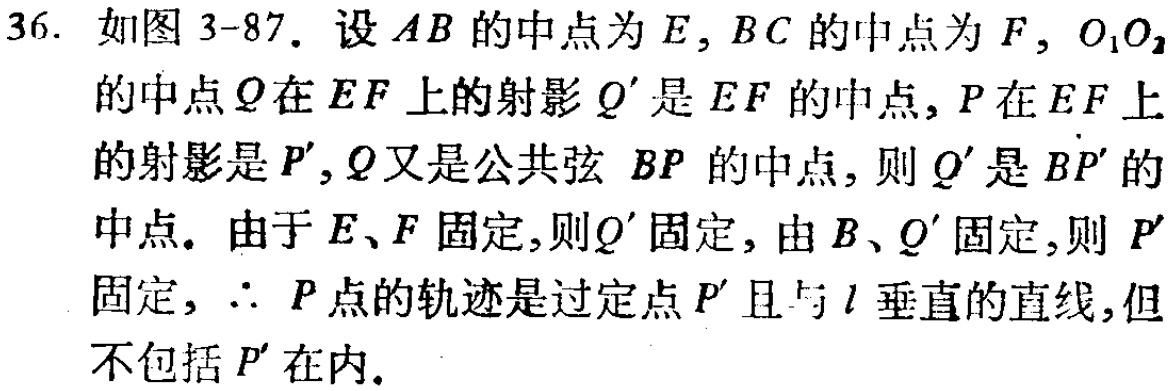
36. 如图 3-87. 设 \(AB\) 的中点为 \(E\), \(BC\) 的中点为 \(F\), \(O_{1}O_{2}\) 的中点 \(Q\) 在 \(EF\) 上的射影 \(Q'\) 是 \(EF\) 的中点, \(P\) 在 \(EF\) 上的射影是 \(P'\), \(Q\) 又是公共弦 \(BP\) 的中点, 则 \(Q'\) 是 \(BP'\) 的中点. 由于 \(E、F\) 固定, 则 \(Q'\) 固定, 由 \(B、Q'\) 固定, 则 \(P'\) 固定, \(\therefore\) \(P\) 点的轨迹是过定点 \(P'\) 且与 \(l\) 垂直的直线,但不包括 \(P'\) 在内.